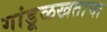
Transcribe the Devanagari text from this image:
गांडूळखताचा